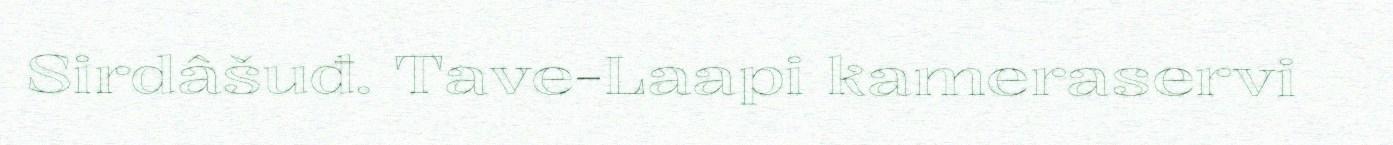
Sirdâšuđ. Tave-Laapi kameraservi